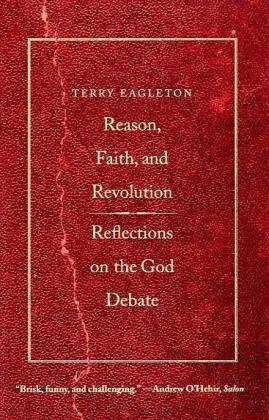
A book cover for Reason, Faith, and Revolution: Reflections on the God Debate (The Terry Lectures Series); Terry Eagleton; Religion & Spirituality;